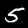
Digit: 5